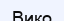
Вико